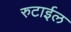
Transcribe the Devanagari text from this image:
रुटाईल